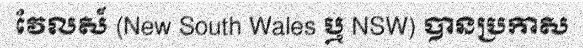
វែលស៍ (New South Wales ឬ NSW) បានប្រកាស